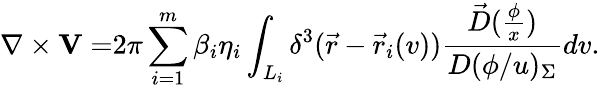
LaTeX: \nabla\times{\mathbf V=}2\pi\sum_{i=1}^{m}\beta_{i}\eta_{i}\int_{L_{i}}\delta^{3}(\vec{r}-\vec{r}_{i}(v))\frac{\vec{D}(\frac\phi x)}{D(\phi/u)_{\Sigma}}dv.